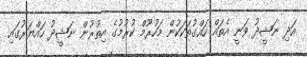
އަދި ނަޝީދު ވަނީ އެތައް ހައްގުތަކަކުން މަހުރޫމް ކުރުމުގެ އިތުރުން ނަޝީދު ހައްޔަރުގައި